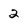
Character: 2